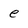
Character: e